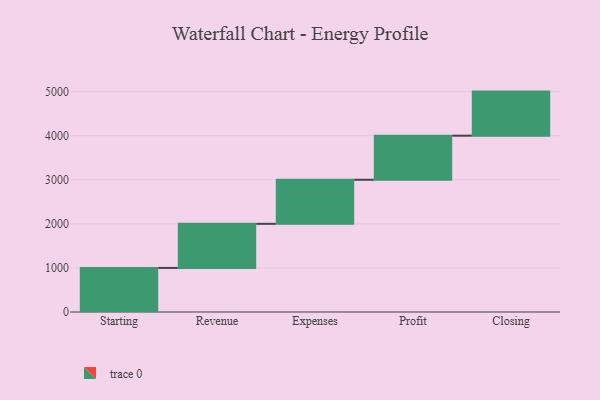
{"axis": {"x": "Step", "y": "Value"}, "legend": [""], "data": [{"x": "Starting", "y": 1000, "type": ""}, {"x": "Revenue", "y": 1000, "type": ""}, {"x": "Expenses", "y": 1000, "type": ""}, {"x": "Profit", "y": 1000, "type": ""}, {"x": "Closing", "y": 1000, "type": ""}]}